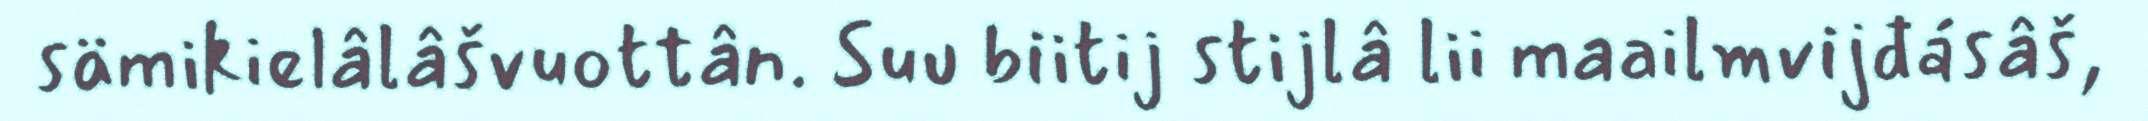
sämikielâlâšvuottân. Suu biitij stijlâ lii maailmvijđásâš,